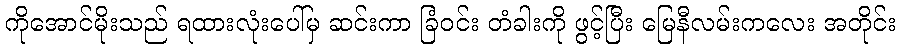
ကိုအောင်မိုးသည် ရထားလုံးပေါ်မှ ဆင်းကာ ခြံဝင်း တံခါးကို ဖွင့်ပြီး မြေနီလမ်းကလေး အတိုင်း